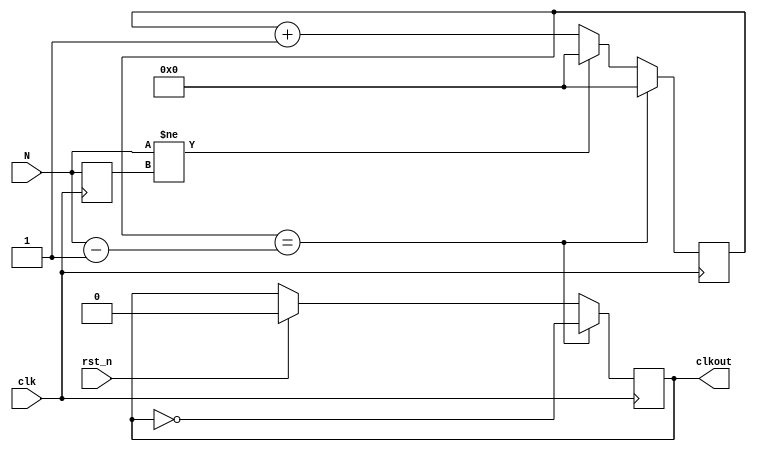
module divide03 #
(								//parameterverilog
parameter	WIDTH	=	32		// 2**(WIDTH-1)
)
(
input		clk,		//clk50MHz
input		rst_n,		//
input  	[31:0]N,				// N<2**(WIDTH-1)
output	reg	clkout		//beep
);
 
reg	[WIDTH-1:0]	cnt_p;	//WIDTH	
reg 	[31:0]n; //tempn
 
always @(posedge clk)	
	begin	
		n<=N;
		
		if(rst_n)
			begin
			cnt_p <= 1'b0;
			clkout <= 1'b0;
			end
		
		if(cnt_p == (N-1))
			begin
			cnt_p <= 1'b0;
			clkout <= ~clkout;
			end
		else if(N!=n)//
		cnt_p <= 1'b0;
		else
			begin	
			cnt_p <= cnt_p + 1'b1;		//N-1N
			end
	end
endmodule